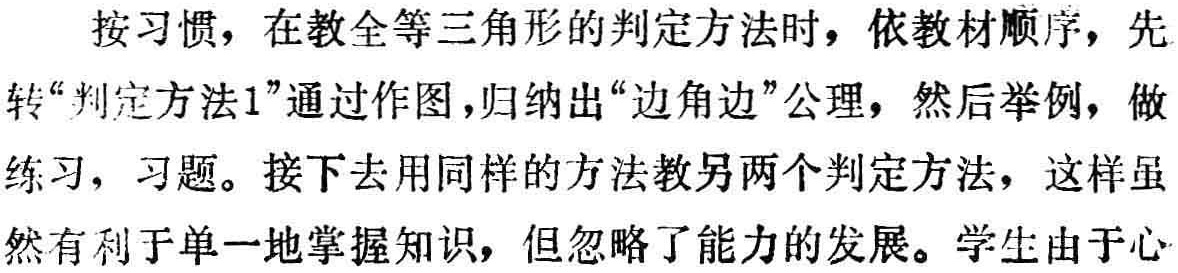
按习惯，在教全等三角形的判定方法时，依教材顺序，先

转“判定方法1”通过作图，归纳出“边角边”公理，然后举例，做

练习，习题。接下去用同样的方法教另两个判定方法，这样虽

然有利于单一地掌握知识，但忽略了能力的发展。学生由于心